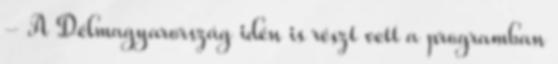
- A Délmagyarország idén is részt vett a programban